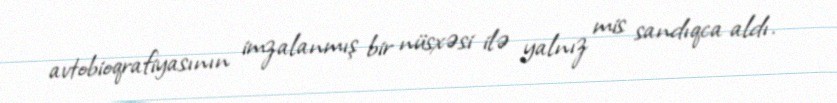
avtobioqrafiyasının imzalanmış bir nüsxəsi ilə yalnız mis sandıqca aldı.